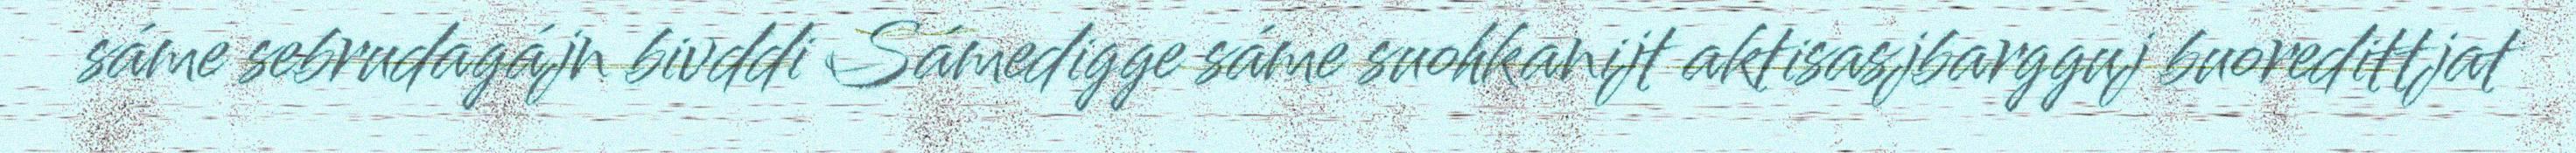
sáme sebrudagájn bivddi Sámedigge sáme suohkanijt aktisasjbargguj buoredittjat